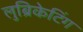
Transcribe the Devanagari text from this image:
लुब्रिकेटिंग